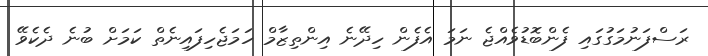
ރަސްފަނުމަގުގައި ފެންބޮޑުވެއްޖެ ނަމަ އެފެން ހިދޭނެ އިންތިޒާމް ހަމަޖެހިފައިނެތް ކަމަށް ބުނެ ދެކެވޭ